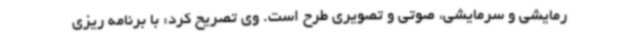
رمایشی و سرمایشی، صوتی و تصویری طرح است. وی تصریح کرد: با برنامه ریزی